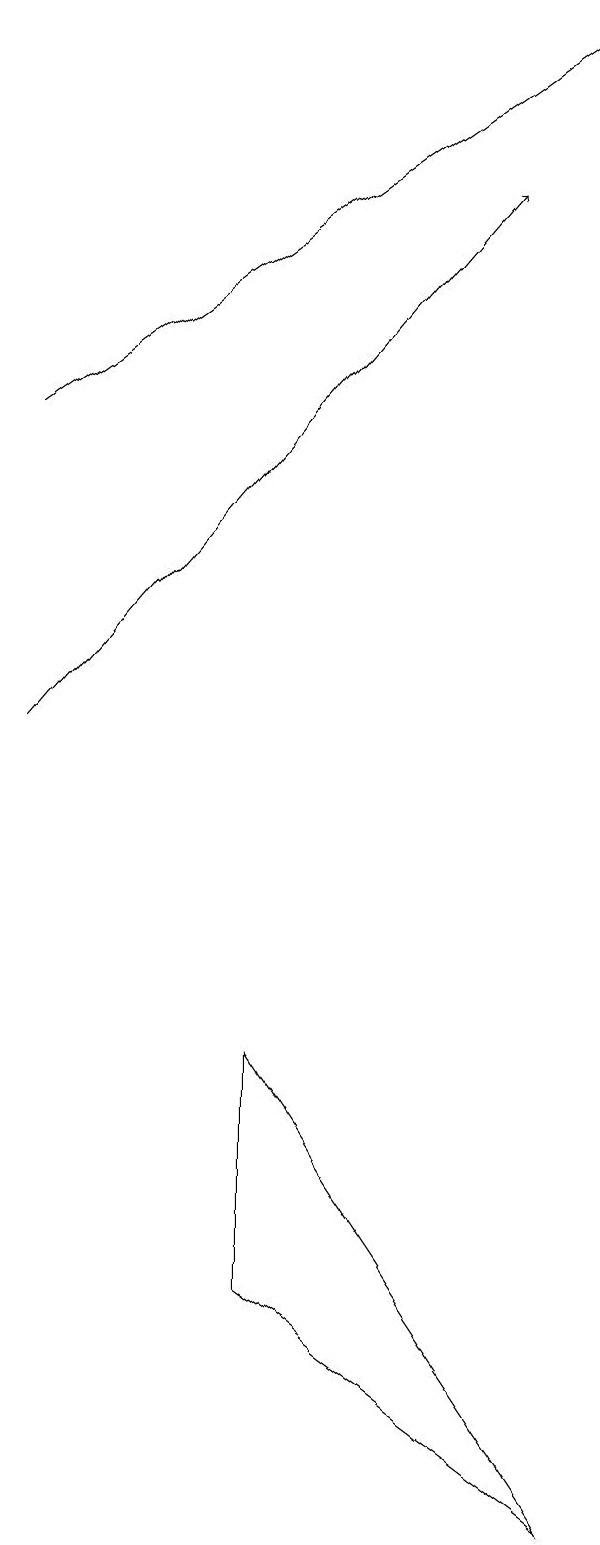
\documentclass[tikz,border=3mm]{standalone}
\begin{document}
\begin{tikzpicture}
\draw[->] (1,10) -- (7,17);
\draw[->] (1,14) -- (8,19);
\draw (8,0) -- (4,6) -- (4,3) -- cycle;
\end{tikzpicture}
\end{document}